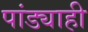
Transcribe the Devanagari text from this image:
पांड्याही